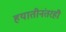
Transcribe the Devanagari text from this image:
हयातीनंतरही